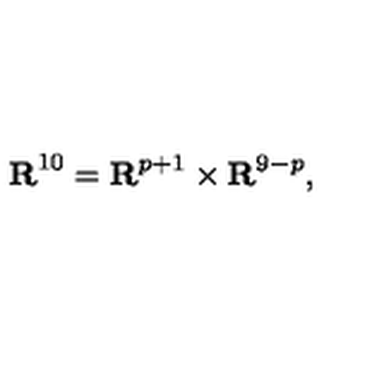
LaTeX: { \bf R } ^ { 1 0 } = { \bf R } ^ { p + 1 } \times { \bf R } ^ { 9 - p } ,